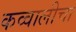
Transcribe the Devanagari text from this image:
कव्वालीचा